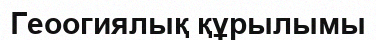
Геоогиялық құрылымы